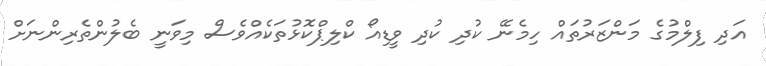
އަދި ފިލްމުގެ މަންޒަރުތައް ހިމެނޭ ކުދި ކުދި ވީޑިއޯ ކްލިޕްކޮޅުތަކެއްވެސް މިވަނީ ބެލުންތެރިންނަށް